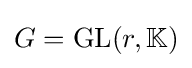
G=\operatorname {GL} (r,\mathbb {K} )